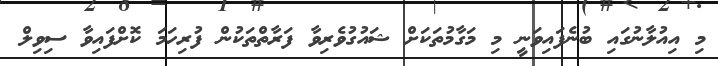
މި އިއުލާނުގައި ބުނެފައިވަނީ މި މަގާމުތަކަށް ޝައުގުވެރިވާ ފަރާތްތަކުން ފުރިހަމަ ކޮށްފައިވާ ސިވިލް